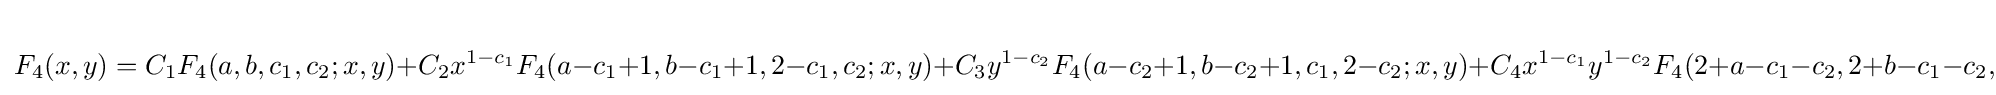
F_{4}(x,y)=C_{1}F_{4}(a,b,c_{1},c_{2};x,y)+C_{2}x^{1-c_{1}}F_{4}(a-c_{1}+1,b-c_{1}+1,2-c_{1},c_{2};x,y)+C_{3}y^{1-c_{2}}F_{4}(a-c_{2}+1,b-c_{2}+1,c_{1},2-c_{2};x,y)+C_{4}x^{1-c_{1}}y^{1-c_{2}}F_{4}(2+a-c_{1}-c_{2},2+b-c_{1}-c_{2},2-c_{1},2-c_{2};x,y)